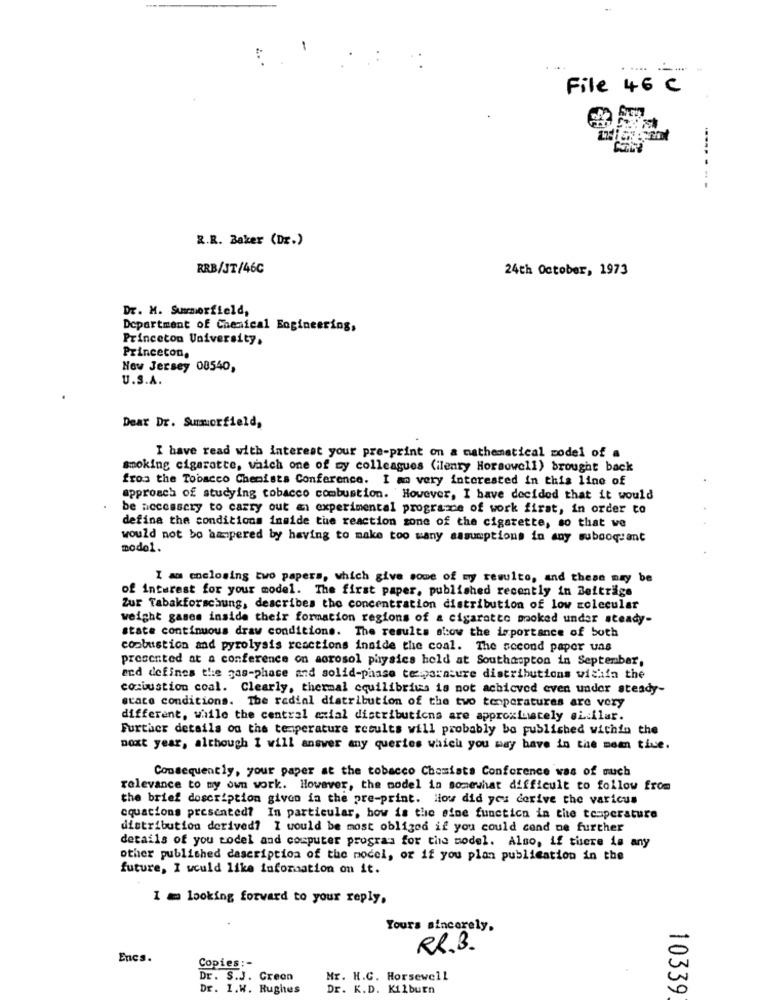
---
---- -
File 46 C
R.R. Baker (Dr.)
RRB/JT/46C
24th October, 1973
Dr. M. Summerfield,
Department of Chemical Engineering,
Princeton University,
Princeton,
How Jersey 00540,
U.S.A.
Dear Dr. Summerfield,
I have read with interest your pre-print on a mathematical model of a
smoking cigarette, which one of my colleagues (ilenry Horsewell) brought back
from the Tobacco Chemists Conference. I am very interested in this line of
approach of studying tobacco combustion. However, I have decided that it would
be necessary to carry out an experimental programe of work first, in order to
define the conditions inside the reaction zone of the cigarette, so that we
would not bo hampered by having to make too many assumptions in any subooquant
model.
I am enclosing two papers, which give some of my resulto, and these may be
of interest for your model. The first paper, published recently in Beiträge
Zur Tabakforschung, describes the concentration distribution of low molecular
weight gases inside their formation regions of a cigarette poked under steady-
state continuous draw conditions. The results show the importance of both
coobustion and pyrolysis reactions inside the coal. The second paper uas
presented at a conference on aerosol physics held at Southampton in September,
and defines the gas-phase and solid-phase tesparasure distributions within the
combustion coal. Clearly, thermal equilibrius is not achieved even under steady-
scare conditions. The redial distribution of the two temperaturas are very
different, while the central axial distributions are approximately si ilar.
Further details on the temperature results will probably be published within the
Doxt year, although I will answer any queries which you may have in the mean tive.
Consequently, your paper at the tobacco Chomiata Conference was of auch
relevance to my own work. However, the model in somewhat difficult to follow from
the brief description given in the pre-print. How did you derive the varicus
equacions presented? In particular, how is the eine function in the temperature
distribution derived? I would be most obliged if you could cend ne further
details of you todel and computer program for the model. Also, if there is any
other published description of the model, or if you plan publication in the
future, I would like information on it.
1 m looking forward to your reply,
Yours sincerely,
-
RR.B.
Encs.
Copies :-
Dr. S.J. Creon
Mr. H.C. Horsewell
Dr. I.W. Rughes
Dr. K.D. Kilburn
10339